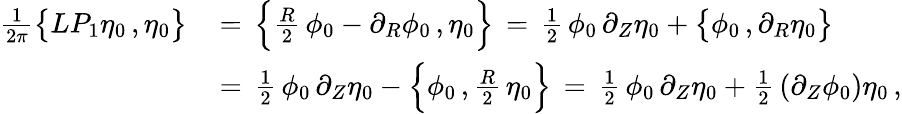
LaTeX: \begin{array}{rl}{\frac{1}{2\pi}\bigl\{ LP_{1}\eta_{0}\, ,\eta_{0}\bigr\} \, }&{=\, \Bigl\{ \frac{R}{2}\, \phi_{0}-\partial_{R}\phi_{0}\, ,\eta_{0}\Bigr\} \, =\, \frac{1}{2}\, \phi_{0}\, \partial_{Z}\eta_{0}+\bigl\{ \phi_{0}\, ,\partial_{R}\eta_{0}\bigr\} }\\ {\, }&{=\, \frac{1}{2}\, \phi_{0}\, \partial_{Z}\eta_{0}-\Bigl\{ \phi_{0}\, ,\frac{R}{2}\, \eta_{0}\Bigr\} \, =\, \frac{1}{2}\, \phi_{0}\, \partial_{Z}\eta_{0}+\frac{1}{2}\, (\partial_{Z}\phi_{0})\eta_{0}\, ,}\end{array}